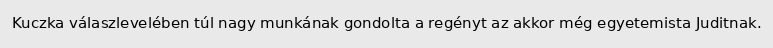
Kuczka válaszlevelében túl nagy munkának gondolta a regényt az akkor még egyetemista Juditnak.